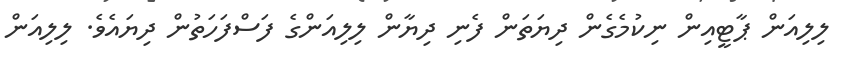
ލިލިއަން ޕާޓީއިން ނިކުމެގެން ދިޔަތަން ފެނި ދިޔާން ލިލިއަންގެ ފަސްފަހަތުން ދިޔައެވެ. ލިލިއަން